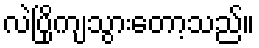
လဲပြိုကျသွားတော့သည်။